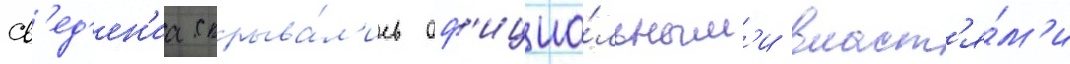
Св'ед'ен'иа скрыва́л'ись оф'ициа́льным'и власт'я́м'и